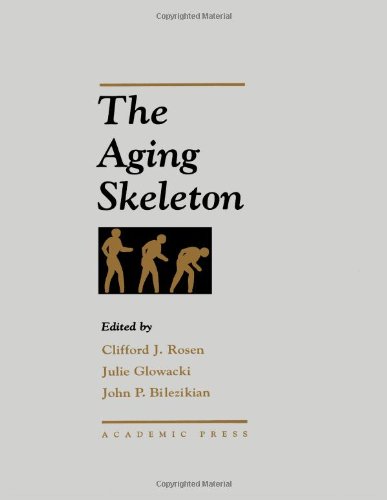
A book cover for The Aging Skeleton; Medical Books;